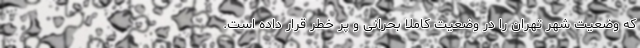
که وضعیت شهر تهران را در وضعیت کاملاً بحرانی و پر خطر قرار داده است.